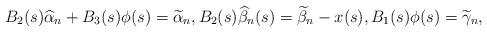
LaTeX: \begin{align*}B_2(s)\widehat{\alpha}_{n}+B_3(s)\phi(s)=\widetilde{\alpha}_n, B_2(s)\widehat{\beta}_n(s)=\widetilde{\beta}_n-x(s),B_1(s)\phi(s)=\widetilde{\gamma}_n,\end{align*}